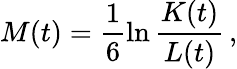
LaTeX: M(t)=\frac{1}{6}\ln\frac{K(t)}{L(t)}\, ,